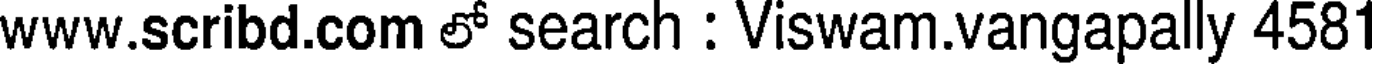
www.scribd.com లో search : Viswam.vangapally 4581